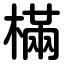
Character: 樠